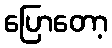
ပြောတော့